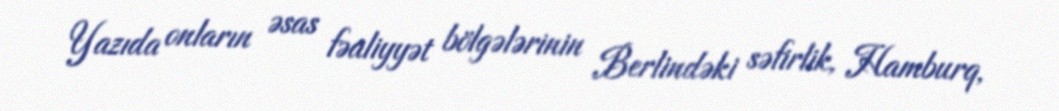
Yazıda onların əsas fəaliyyət bölgələrinin Berlindəki səfirlik, Hamburq,